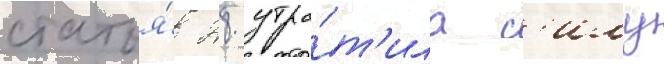
статья́ 28 утра́т'ила с'илу